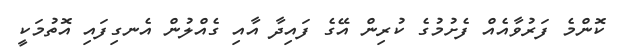
ކޮންމެ ފަރުވާއެއް ފެށުމުގެ ކުރިން އޭގެ ފައިދާ އާއި ގެއްލުން އެނގިފައި އޮތުމަކީ